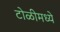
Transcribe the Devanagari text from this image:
टोळीमध्ये